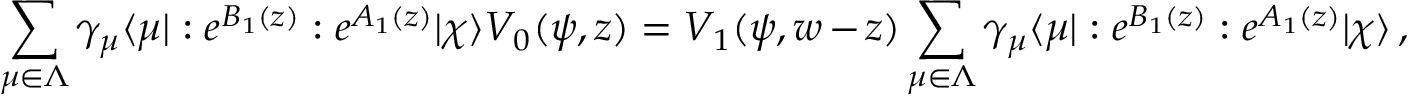
\sum _ { \mu \in \Lambda } \gamma _ { \mu } \langle \mu | : e ^ { B _ { 1 } ( z ) } : e ^ { A _ { 1 } ( z ) } | \chi \rangle V _ { 0 } ( \psi , z ) = V _ { 1 } ( \psi , w - z ) \sum _ { \mu \in \Lambda } \gamma _ { \mu } \langle \mu | : e ^ { B _ { 1 } ( z ) } : e ^ { A _ { 1 } ( z ) } | \chi \rangle \, ,